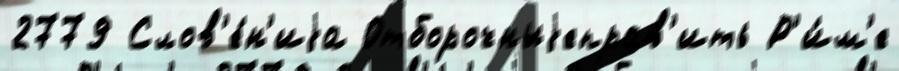
2779 Слов'е́н'иjа Отборочныjеправ'ить Р'и́м'е